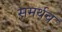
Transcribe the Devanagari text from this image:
समर्थच